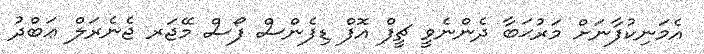
އެމަނިކުފާނަށް މަރުޙަބާ ދެންނެވީ ޗީފް އޮފް ޑިފެންސް ފޯސް މޭޖަރ ޖެނެރަލް ޢަބްދު